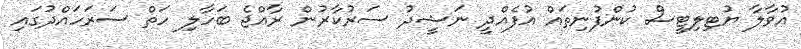
އުވާލާ ޔުޓިލިޓީސް ކުންފުނިތައް އުފެއްދީ ނަަޝީދު ސަރުކާރުން ރާއްޖެ ބަހާލި ހަތް ސަރަހައްދުގައި